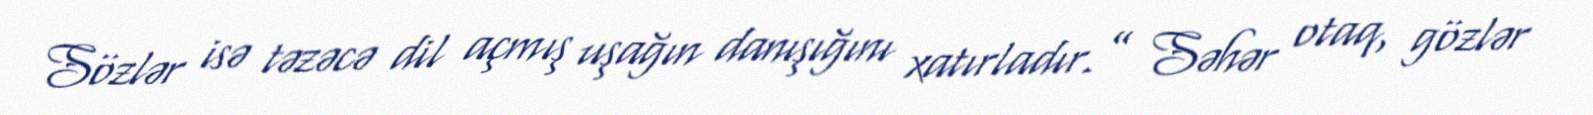
Sözlər isə təzəcə dil açmış uşağın danışığını xatırladır.” Səhər otaq, gözlər